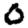
Digit: 0